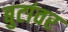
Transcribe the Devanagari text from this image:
बुटांवर